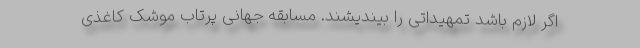
اگر لازم باشد تمهیداتی را بیندیشند. مسابقه جهانی پرتاب موشک کاغذی